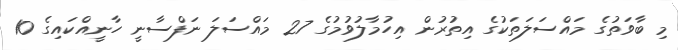
މި ބާވަތުގެ މައްސަލަތަކުގެ އިތުރުން އިހުމާލުވުމުގެ 27 މައްސަލަ ނަފްސާނީ ހާނީއްކައިގެ 10